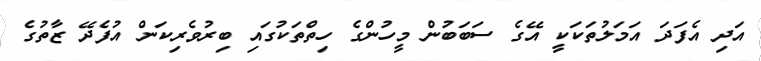
އަދި އެފަދަ އަމަލުތަކަކީ އޭގެ ސަބަބުން މީހުންގެ ހިތްތަކުގައި ބިރުވެރިކަން އުފެދޭ ޒާތުގެ